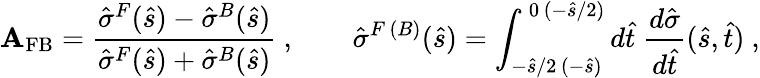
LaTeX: \mathbf{A}_{\mathrm{{FB}}}=\frac{{\hat{{\sigma}}^{F}(\hat{{s}})-\hat{{\sigma}}^{B}(\hat{{s}})}}{{\hat{{\sigma}}^{F}(\hat{{s}})+\hat{{\sigma}}^{B}(\hat{{s}})}}~,\qquad\hat{{\sigma}}^{F\, (B)}(\hat{{s}})=\int_{-\hat{{s}}/2\, (-\hat{{s}})}^{\, 0\, (-\hat{{s}}/2)}d\hat{{t}}\; \frac{{d\hat{{\sigma}}}}{{d\hat{{t}}}}(\hat{{s}},\hat{{t}})~,